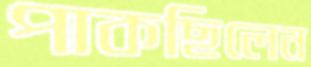
পাকছিলেন